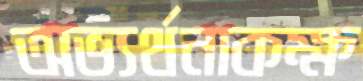
অভ্যর্থনাকক্ষ